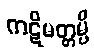
ကဋိမတ္တမ္ပိ